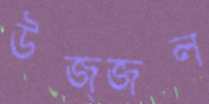
উজ্জল